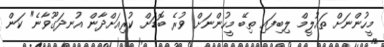
މީހުންނަށް ތައުލީމް ލިބިފައި ތިބޭ މީހުންނަށް ވުރެ ބޮޑަށް ކުރިއަށްދާން އުނދަގޫވާނެ" ކަން